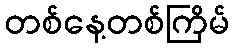
တစ်နေ့တစ်ကြိမ်